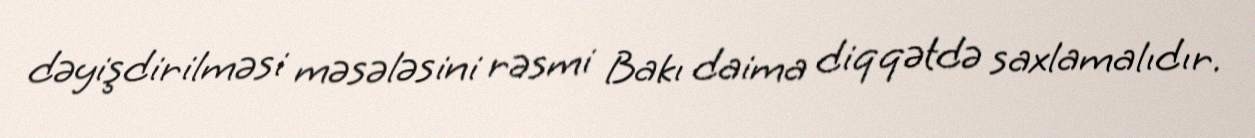
dəyişdirilməsi məsələsini rəsmi Bakı daima diqqətdə saxlamalıdır.